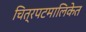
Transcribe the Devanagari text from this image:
चित्रपटमालिकेत